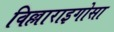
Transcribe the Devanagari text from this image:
विल्लाराइगोसा